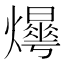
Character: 𤑼